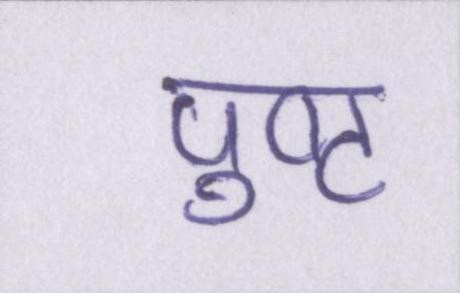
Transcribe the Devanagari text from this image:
पुष्ट